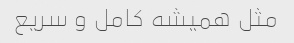
مثل همیشه کامل و سریع